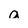
Character: a